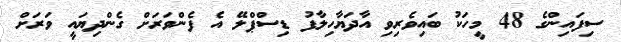
ސިފައިންގެ 48 މީހަކު ބައިވެރިވި އާދަޔާހިލާފު ޑިސްޕްލޭ އެ ފެންވަރަށް ގެންދިޔައީ ވަރަށް